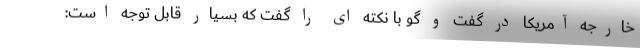
خارجه آمریکا در گفت و گو با نکته ای را گفت که بسیار قابل توجه است: